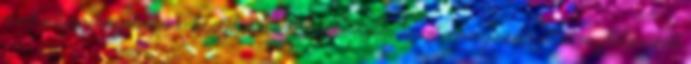
munkaidejének nyolcvan százalékát kötött munkaidőben az intézményvezető által meghatározott